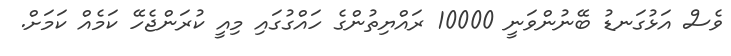
ވެސް އަޅުގަނޑު ބޭނުންވަނީ 10000 ރައްޔިތުންގެ ހައްގުގައި މިއީ ކުރަންޖެހޭ ކަމެއް ކަމަށް.